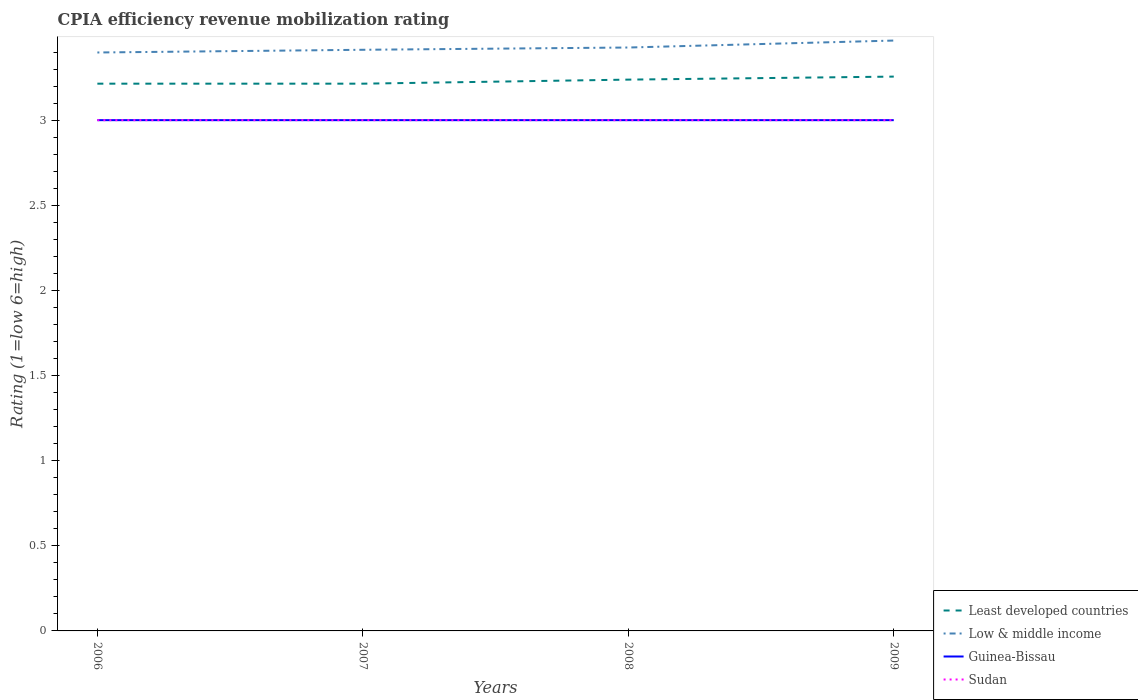
| Years | Least developed countries | Low & middle income | Guinea-Bissau | Sudan |
 | --- | --- | --- | --- | --- |
 | 2006 | 3.21 | 3.4 | 3 | 3 |
 | 2007 | 3.21 | 3.41 | 3 | 3 |
 | 2008 | 3.24 | 3.43 | 3 | 3 |
 | 2009 | 3.26 | 3.47 | 3 | 3 |